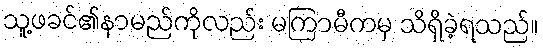
သူ့ဖခင်၏နာမည်ကိုလည်း မကြာမီကမှ သိရှိခဲ့ရသည်။